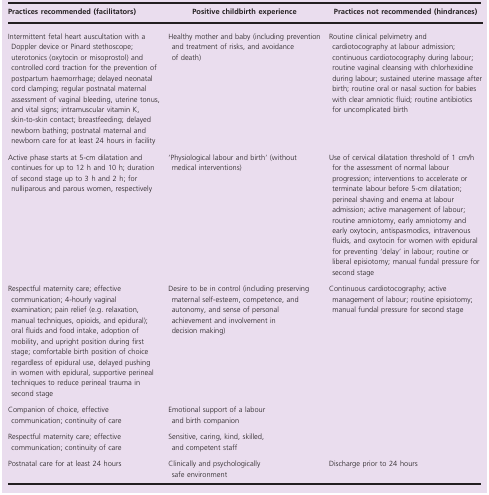
| Practices recommended (facilitators) | Positive childbirth experience | Practices not recommended (hindrances) |
 | --- | --- | --- |
 | Intermittent fetal heart auscultation with a Doppler device or Pinard stethoscope; uterotonics (oxytocin or misoprostol) and controlled cord traction for the prevention of postpartum haemorrhage; delayed neonatal cord clamping; regular postnatal maternal assessment of vaginal bleeding, uterine tonus, and vital signs; intramuscular vitamin K, skin‐to‐skin contact; breastfeeding; delayed newborn bathing; postnatal maternal and newborn care for at least 24 hours in facility | Healthy mother and baby (including prevention and treatment of risks, and avoidance of death) | Routine clinical pelvimetry and cardiotocography at labour admission; continuous cardiotocography during labour; routine vaginal cleansing with chlorhexidine during labour; sustained uterine massage after birth; routine oral or nasal suction for babies with clear amniotic fluid; routine antibiotics for uncomplicated birth |
 | Active phase starts at 5‐cm dilatation and continues for up to 12 h and 10 h; duration of second stage up to 3 h and 2 h; for nulliparous and parous women, respectively | ‘Physiological labour and birth’ (without medical interventions) | Use of cervical dilatation threshold of 1 cm/h for the assessment of normal labour progression; interventions to accelerate or terminate labour before 5‐cm dilatation; perineal shaving and enema at labour admission; active management of labour; routine amniotomy, early amniotomy and early oxytocin, antispasmodics, intravenous fluids, and oxytocin for women with epidural for preventing ‘delay’ in labour; routine or liberal episiotomy; manual fundal pressure for second stage |
 | Respectful maternity care; effective communication; 4‐hourly vaginal examination; pain relief (e.g. relaxation, manual techniques, opioids, and epidural); oral fluids and food intake, adoption of mobility, and upright position during first stage; comfortable birth position of choice regardless of epidural use, delayed pushing in women with epidural, supportive perineal techniques to reduce perineal trauma in second stage | Desire to be in control (including preserving maternal self‐esteem, competence, and autonomy, and sense of personal achievement and involvement in decision making) | Continuous cardiotocography; active management of labour; routine episiotomy; manual fundal pressure for second stage |
 | Companion of choice, effective communication; continuity of care | Emotional support of a labour and birth companion |  |
 | Respectful maternity care; effective communication; continuity of care | Sensitive, caring, kind, skilled, and competent staff |  |
 | Postnatal care for at least 24 hours | Clinically and psychologically safe environment | Discharge prior to 24 hours |